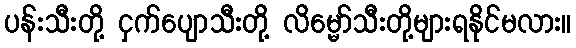
ပန်းသီးတို့ ငှက်ပျောသီးတို့ လိမ္မော်သီးတို့များရနိုင်မလား။